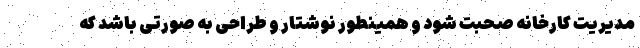
مدیریت کارخانه صحبت شود و همینطور نوشتار و طراحی به صورتی باشد که